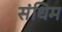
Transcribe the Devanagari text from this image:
संधिम